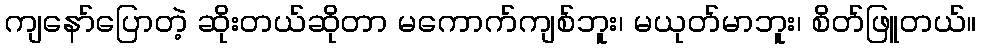
ကျနော်ပြောတဲ့ ဆိုးတယ်ဆိုတာ မကောက်ကျစ်ဘူး၊ မယုတ်မာဘူး၊ စိတ်ဖြူတယ်။